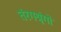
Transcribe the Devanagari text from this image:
तंरगश्रृंगों